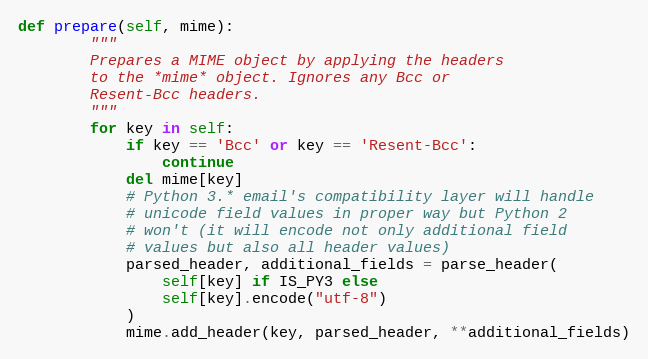
Language: Python
def prepare(self, mime):
        """
        Prepares a MIME object by applying the headers
        to the *mime* object. Ignores any Bcc or
        Resent-Bcc headers.
        """
        for key in self:
            if key == 'Bcc' or key == 'Resent-Bcc':
                continue
            del mime[key]
            # Python 3.* email's compatibility layer will handle
            # unicode field values in proper way but Python 2
            # won't (it will encode not only additional field
            # values but also all header values)
            parsed_header, additional_fields = parse_header(
                self[key] if IS_PY3 else
                self[key].encode("utf-8")
            )
            mime.add_header(key, parsed_header, **additional_fields)